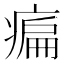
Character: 㾫